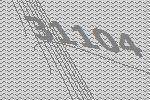
31104